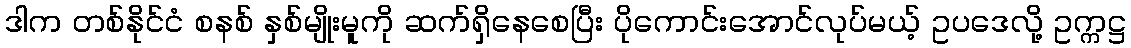
ဒါက တစ်နိုင်ငံ စနစ် နှစ်မျိုးမူကို ဆက်ရှိနေစေပြီး ပိုကောင်းအောင်လုပ်မယ့် ဥပဒေလို့ ဥက္ကဋ္ဌ